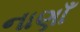
નાણાઁ